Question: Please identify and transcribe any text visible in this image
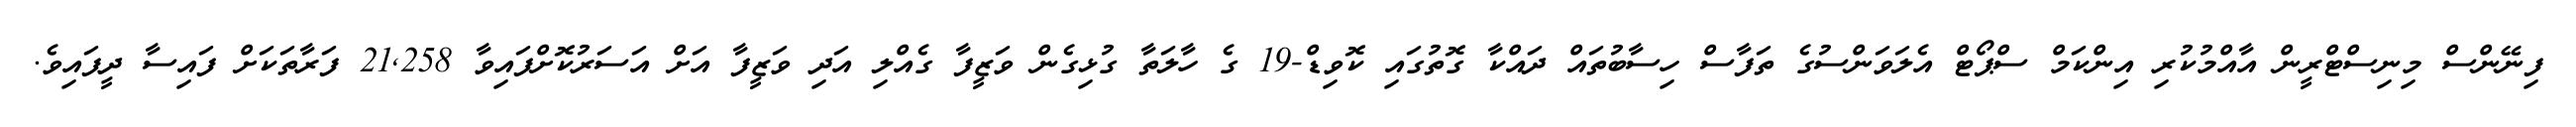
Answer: ފިނޭންސް މިނިސްޓްރީން އާއްމުކުރި އިންކަމް ސްޕޯޓް އެލަވަންސުގެ ތަފާސް ހިސާބުތައް ދައްކާ ގޮތުގައި ކޮވިޑް-19 ގެ ހާލަތާ ގުޅިގެން ވަޒީފާ ގެއްލި އަދި ވަޒީފާ އަށް އަސަރުކޮށްފައިވާ 21,258 ފަރާތަކަށް ފައިސާ ދީފައިވެ.